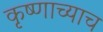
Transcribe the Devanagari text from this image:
कृष्णाच्याच